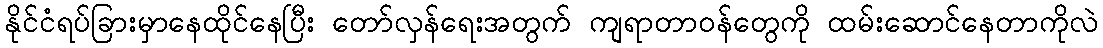
နိုင်ငံရပ်ခြားမှာနေထိုင်နေပြီး တော်လှန်ရေးအတွက် ကျရာတာဝန်တွေကို ထမ်းဆောင်နေတာကိုလဲ